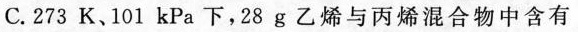
C.273K、101kPa下，28 g乙烯与丙烯混合物中含有